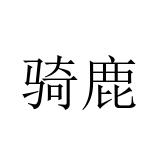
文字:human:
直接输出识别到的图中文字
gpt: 骑鹿